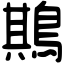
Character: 䳢